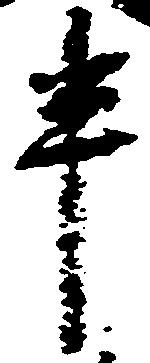
半